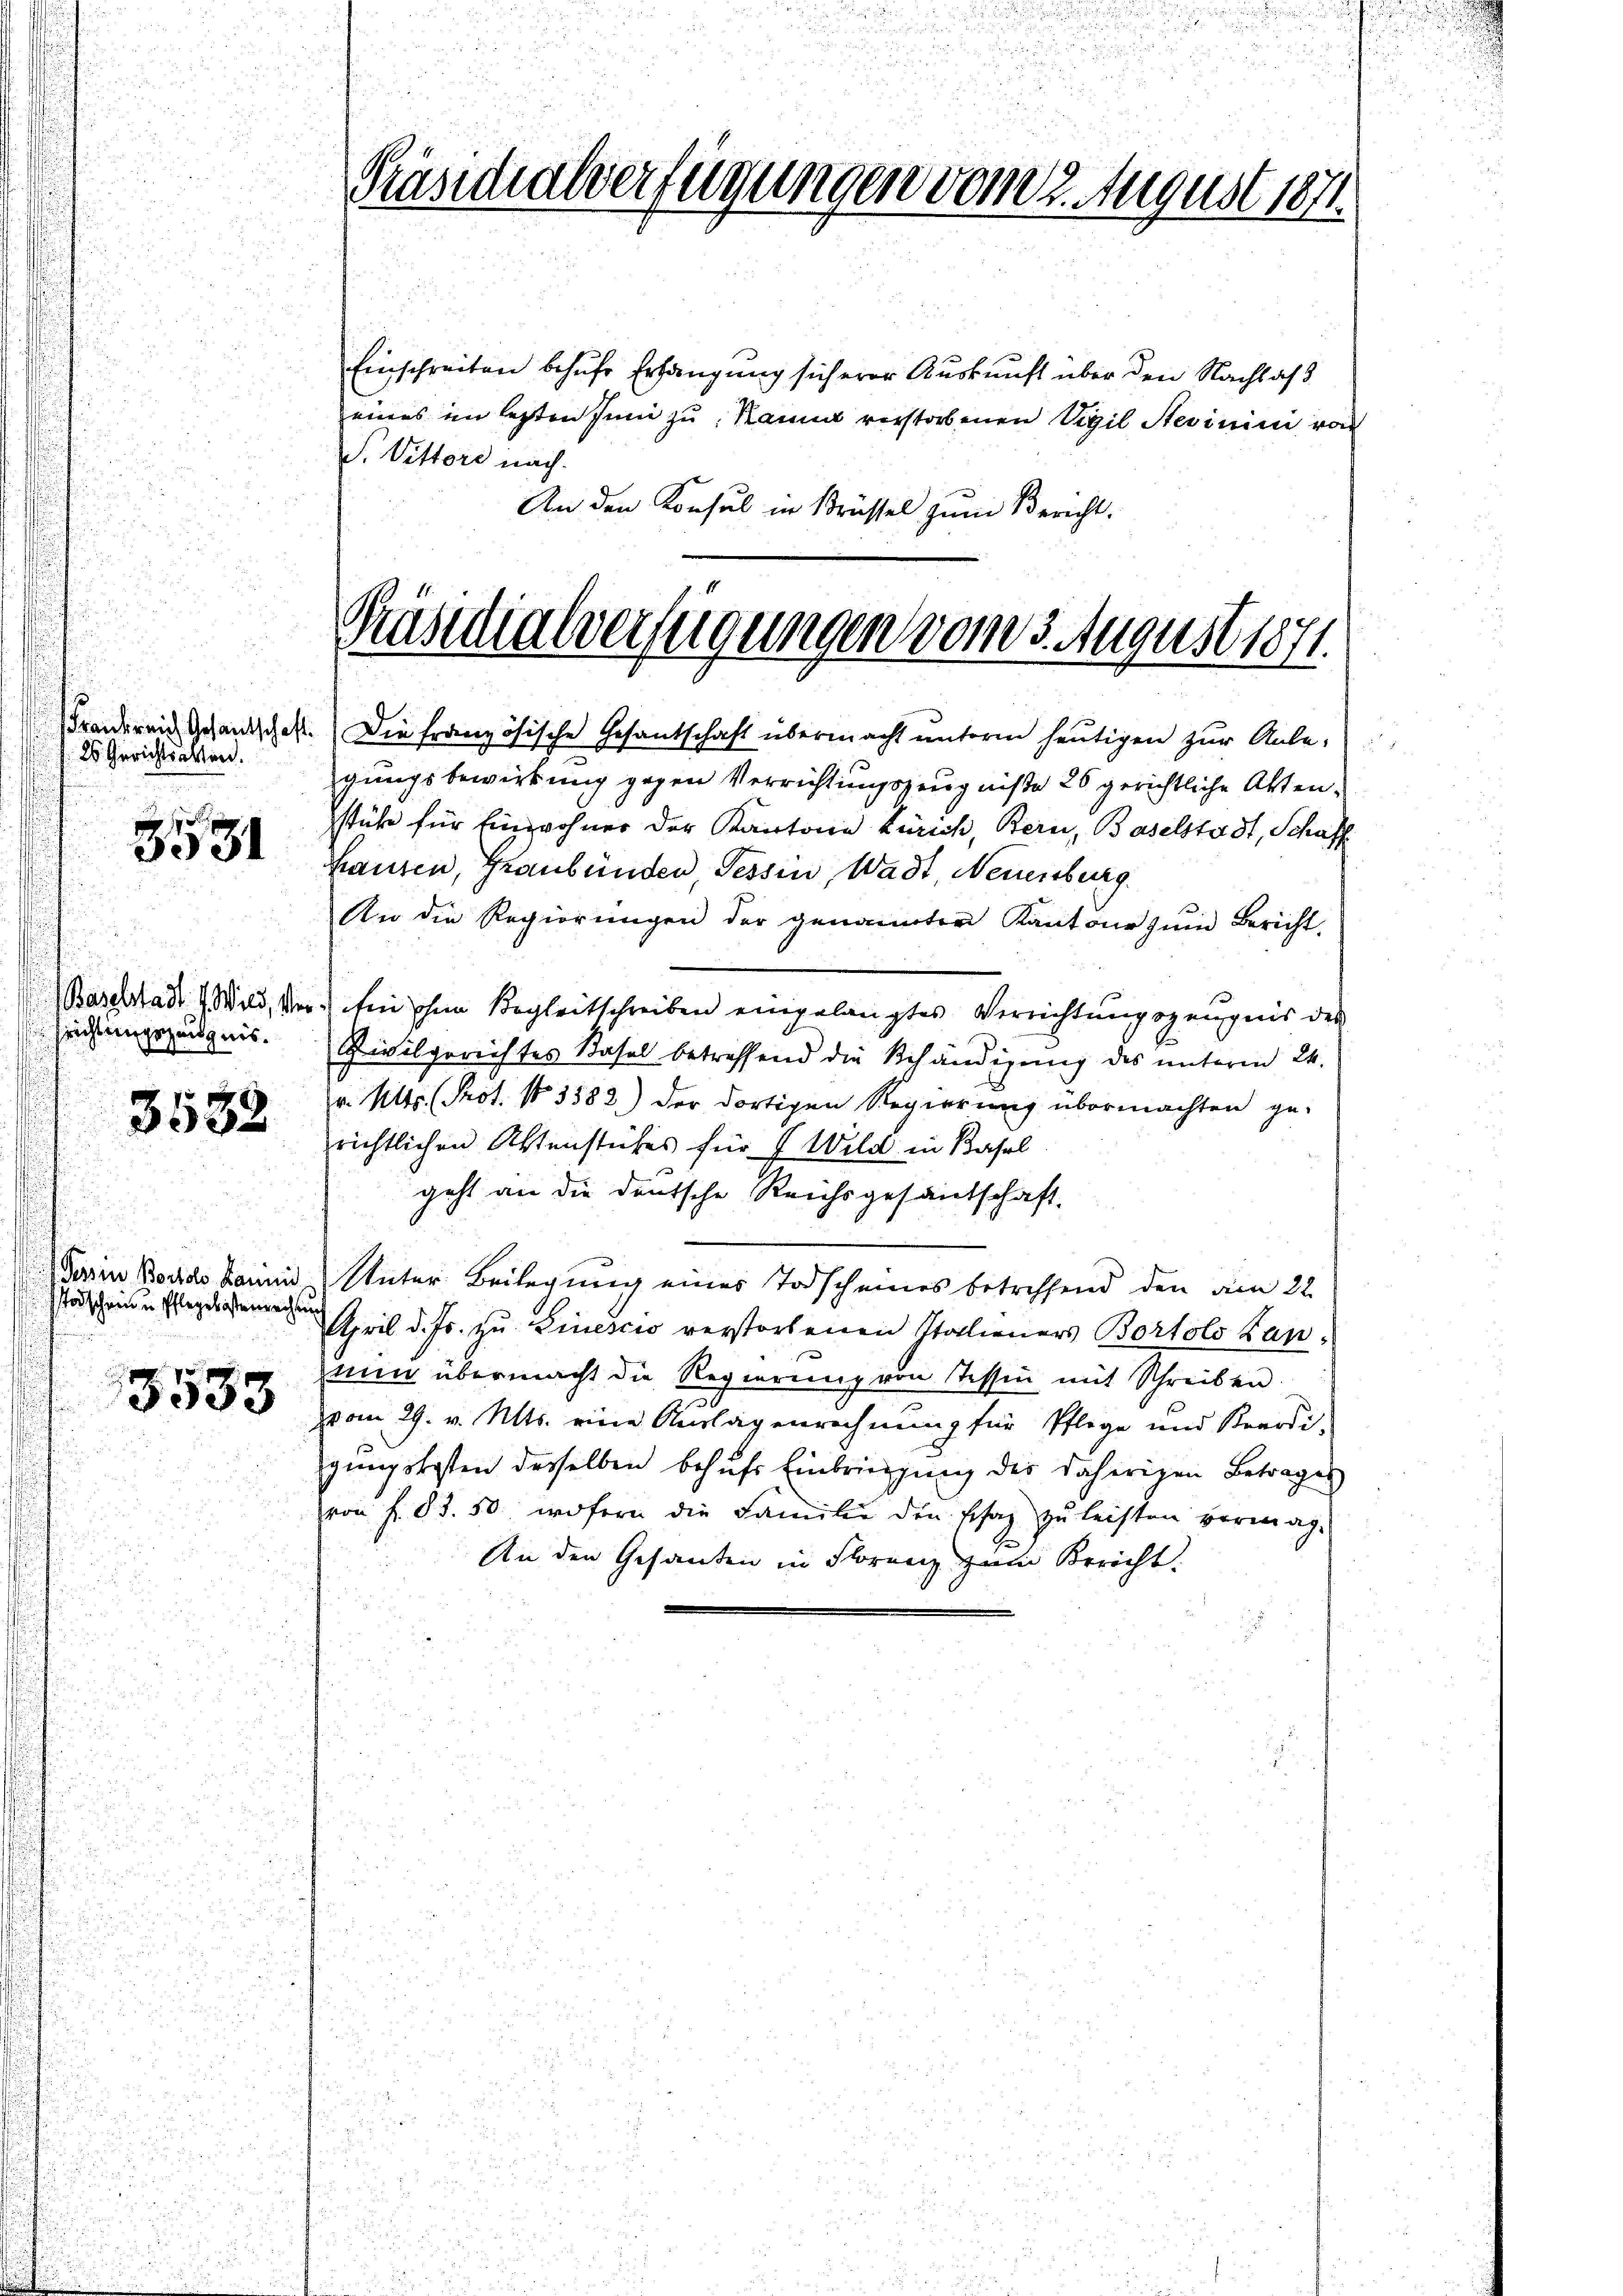
f
rankreich Gesantschaft.
 26 Gerichtsalten.

3531

Baselstadt I. Wild, Ver
fricht eingezeugnis.
f

3532

Pein Bostolo Lamini
Todschein u. Pflegelösterrechten

3533

Einschreiben behufe Erhängung sich erer Auskunft über den Nachlaß
eines im lezten Juni zu Kann verstorbenen Vigil Stevinini von
S. Vittore nach.
An den Konsul in Brüssel zum Bericht.

Präsidialverfügungen vom 2. August 1871
u

Präsidialverfügungen vom 3. August 1871.

Die französische Gesantschaft übermacht unterm heutigen zur Anlegungsbewirkung gegen Verrichtungszeugniße 26 gerichtliche Aktenstühe für Einwohner der Kantone Zürich, Bern, Baselstadt, Schaf
Hausen, Graubünden Tessin, Wadt, Neuenburg
An die Regierŭngen der genannten Kantone zŭm Bericht.
uhin ohne Begleitschreiben eingelangtes Verrichtungszeugnis des
Zivilgerichtes Basel betreffend die Behändigung des unterm 24.
v. Mts. (Prot. No 3582) der dortigen Regierung übermachten ge-
richtlichen Aktenstühes für 7 Wild in Basel
geht an die deutsche Reichsgesandschaft.
Unter Beilegung eines Todscheines betreffend den am 22.
April d. Js. zu Linescio verstorbenen Italieners Bortolo Kapnun übermacht die Regierŭng von Tessin mit Schreiben.
vom 29. v. Mts. eine Auslagenrechnung für Pflege und Beerdi-
gungskosten derselben behufs Einbringung des daherigen Betrages
von f. 83. 50. wofern die Familie den Etag zŭ leisten vermag.
An den Gesanden in Florenz zum Bericht.